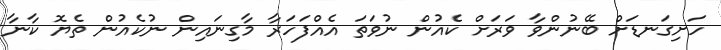
ހަށިގަނޑަށް ބޭނުންވާ ވަރަށް ކެއުން ނުވަތަ އެއްފަހަރާ މާގިނައިން ނުކެއުން ތެޔޮ ކާނާ